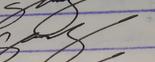
Signature authenticity: genuine